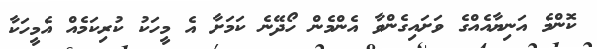
ކޮންމެ އަނިޔާއެއްގެ ވަށައިގެންވާ އެންމެން ހޯދޭނެ ކަމަށާ އެ މީހަކު ކުރިކަމެއް އެމީހަކާ